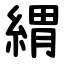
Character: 緭